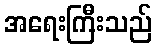
အရေးကြီးသည်